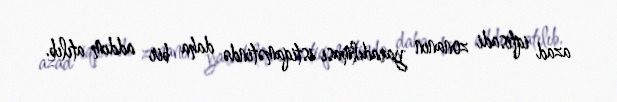
azad iqtisadi zonanın yaradılması istiqamətində daha bir addım atılıb.